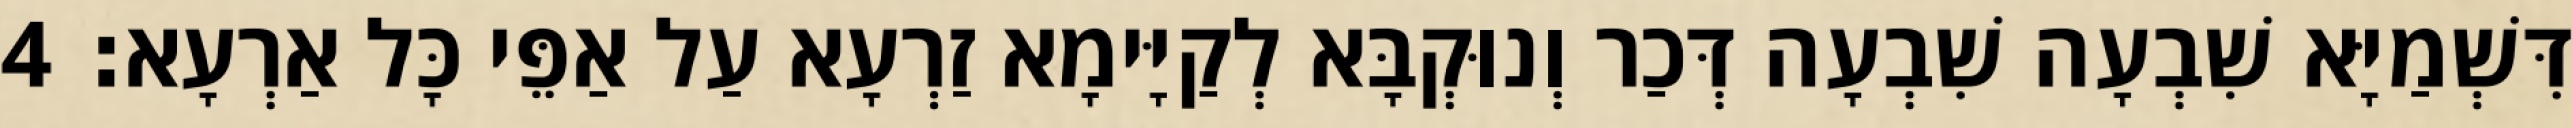
דִּשְׁמַיָּא שִׁבְעָה שִׁבְעָה דְּכַר וְנוּקְבָּא לְקַיָּימָא זַרְעָא עַל אַפֵּי כָּל אַרְעָא׃ 4